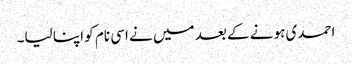
احمدی ہونے کے بعد میں نے اسی نام کو اپنا لیا۔